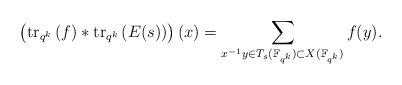
LaTeX: \begin{align*}\left(\mathrm{tr}_{q^k}\left(f\right) * \mathrm{tr}_{q^k}\left(E(s)\right)\right)(x) & = \sum_{x^{-1}y \in T_s(\mathbb{F}_{q^k}) \subset X(\mathbb{F}_{q^k})} f(y).\end{align*}